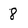
Character: 8